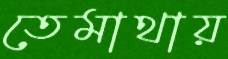
তেমাথায়